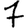
Digit: 7